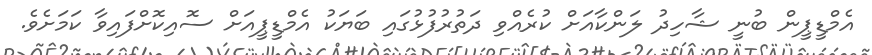
އެމްޑީޕީން ބުނީ ޝާހިދު ލަންކާއަށް ކުރެއްވި ދަތުރުފުޅުގައި ބަޔަކު އެމްޑީޕީއަށް ސޮއިކޮށްފައިވާ ކަމަށެވެ.